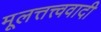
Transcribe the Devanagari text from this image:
मूलत्तत्त्ववादी